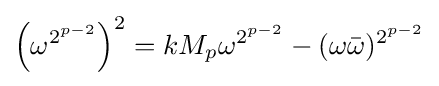
\left(\omega ^{2^{p-2}}\right)^{2}=kM_{p}\omega ^{2^{p-2}}-(\omega {\bar {\omega }})^{2^{p-2}}